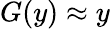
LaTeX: G(y)\approx y